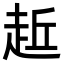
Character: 𧻁